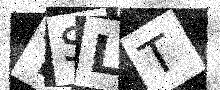
Text: TSLT